Report on vaccination in the Province of Bengal - 1874-1889
Year: 1874
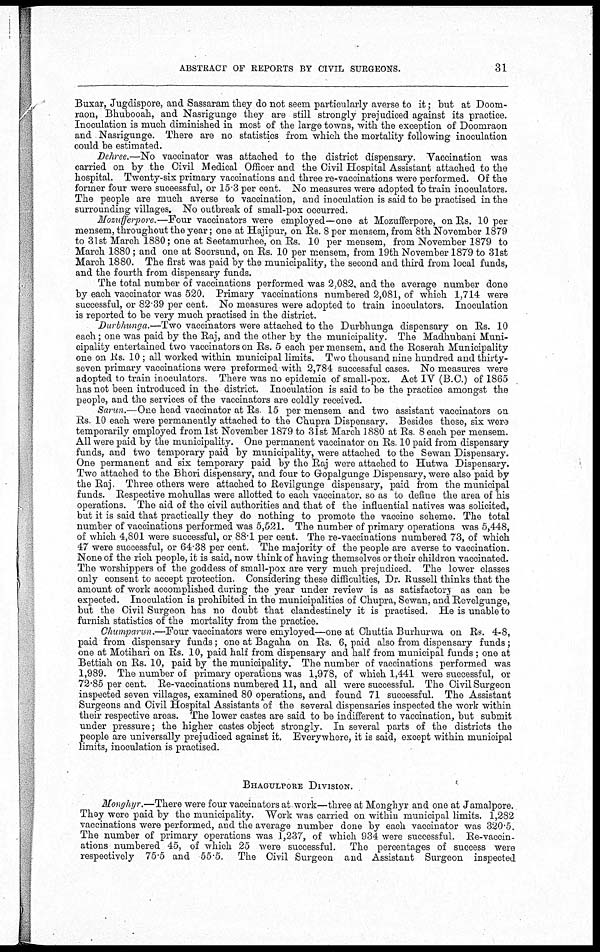
ABSTRACT OF REPORTS BY CIVIL SURGEONS.
31
Buxar, Jugdispore, and Sassaram they do not seem particularly averse to it; but at Doom-
raon, Bhubooah, and Nasrigunge they are still strongly prejudiced against its practice.
Inoculation is much diminished in most of the large towns, with the exception of Doomraon
and Nasrigunge. There are no statistics from which the mortality following inoculation
could be estimated.
Dehree.—No vaccinator was attached to the district dispensary. Vaccination was
carried on by the Civil Medical Officer and the Civil Hospital Assistant attached to the
hospital. Twenty-six primary vaccinations and three re-vaccinations were performed. Of the
former four were suceessful or 15.3 per cent. No measures were adopted to train inoculators.
The people are much averse to vaccination, and inoculation is said to be practised in the
surrounding villages. No outbreak of small-pox occurred.
Mosufferpore.—Four vaccinators were employed—one at Mozufferpore, on Rs. 10 per
mensem, throughout the year; one at Hajipur, on Rs. 8 per mensem, from 8th November 1879
to 31st March 1880; one at Seetamurhee, on Rs. 10 per mensem, from November 1879 to
March 1880 ; and one at Soorsund, on Rs. 10 per mensem, from 19th November 1879 to 31st
March 1880. The first was paid by the municipality, the second and third from local funds,
and the fourth from dispensary funds.
The total number of vaccinations performed was 2,082, and the average number done
by each vaccinator was 520. Primary vaccinations numbered 2,081, of which 1,714 were
successful, or 82.39 per cent. No measures were adopted to train inoculators. Inoculation
is reported to be very much practised in the district.
Durbhunga.—Two vaccinators were attached to the Durbhunga dispensary on Rs. 10
each; one was paid by the Raj, and the other by the municipality. The Madhubani Muni-
cipality entertained two vaccinators on Rs. 5 each per mensem, and the Roserah Municipality
one on Rs. 10; all worked within municipal limits. Two thousand nine hundred and thirty-
seven primary vaccinations were preformed with 2,784 successful cases. No measures were
adopted to train inoculators. There was no epidemic of small-pox. Act IV (B.C.) of 1865
has not been introduced in the district. Inoculation is said to be the practice amongst the
people, and the services of the vaccinators are coldly received.
Sarun.—One head vaccinator at Rs 15 per mensem and two assistant vaccinators on
Rs. 10 each were permanently attached to the Chupra Dispensary. Besides these, six were
temporarily employed from 1st November 1879 to 31st March 1880 at Rs. 8 each per mensem.
All were paid by the municipality. One permanent vaccinator on Rs. 10 paid from dispensary
funds, and two temporary paid by municipality, were attached to the Sewan Dispensary.
One permanent and six temporary paid by the Raj were attached to Hutwa Dispensary.
Two attached to the Bhori dispensary, and four to Gropalgunge Dispensary, were also paid by
the Raj. Three others were attached to Revilgunge dispensary, paid from the municipal
funds. Respective mohullas were allotted to each vaccinator. so as to define the area of his
operations. The aid of the civil authorities and that of the influential natives was solicited,
but it is said that practically they do nothing to promote the vaccine scheme. The total
number of vaccinations performed was 5,521. The number of primary operations was 5,448,
of which 4,801 were successful, or 88.1 per cent. The re-vaccinations numbered 73, of which
47 were successful, or 64.38 per cent. The majority of the people are averse to vaccination.
None of the rich people, it is said, now think of having themselves or their children vaccinated.
The worshippers of the goddess of small-pox are very much prejudiced. The lower classes
only consent to accept protection. Considering these difficulties, Dr. Russell thinks that the
amount of work accomplished during the year under review is as satisfactory as can be
expected. Inoculation is prohibited in the municipalities of Chupra, Sewan, and Revelgunge,
but the Civil Surgeon has no doubt that clandestinely it is practised. He is unable to
furnish statistics of the mortality from the practice.
Chumparun.—Four vaccinators were emyloyed—one at Chuttia Burhurwa on Rs. 4-8,
paid from dispensary funds; one at Bagaha on Rs. 6, paid also from dispensary funds;
one at Motihari on Rs. 10, paid half from dispensary and half from municipal funds ; one at
Bettiah on Rs. 10, paid by the municipality. The number of vaccinations performed was
1,989. The number of primary operations was 1,978, of which 1,441 were successful, or
72.85 per cent. Re-vaccinations numbered 11, and all were successful. The Civil Surgeon
inspected seven villages, examined 80 operations, and found 71 successful. The Assistant
Surgeons and Civil Hospital Assistants of the several dispensaries inspected the work within
their respective areas. The lower castes are said to be indifferent to vaccination, but submit
under pressure; the higher castes object strongly. In several parts of the districts the
people are universally prejudiced against it. Everywhere, it is said, except within municipal
limits, inoculation is practised.
BHAGULPORE DIVISION.
Monghyr.—There were four vaccinators at work—three at Monghyr and one at Jamalpore.
They were paid by the municipality. Work was carried on within municipal limits. 1,282
vaccinations were performed, and the average number done by each vaccinator was 320.5.
The number of primary operations was 1,237, of which 934 were successful. Re-vaccin-
ations numbered 45, of which 25 were successful.
The percentages of success were
respectively 75.5 and 55.5. The Civil Surgeon and Assistant Surgeon inspected